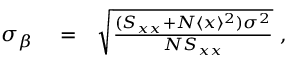
\begin{array} { r l r } { \sigma _ { \beta } } & { { } = } & { \sqrt { { \frac { ( S _ { x x } + N \langle { x } \rangle ^ { 2 } ) \sigma ^ { 2 } } { N \/ S _ { x x } } } } \ , } \end{array}